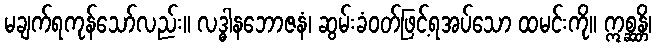
မချက်ရကုန်သော်လည်း။ လဒ္ဓါနဘောဇနံ၊ ဆွမ်းခံဝတ်ဖြင့်ရအပ်သော ထမင်းကို။ ဣစ္ဆန္တိ၊